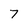
Character: 7